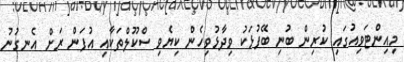
މިއިންޓަވިއުގައި ކުރިން ބުނި ބޭފުޅަކު ވިދާޅުވިހެން ކިޔެވި ސްކޫލްތަކާއި އުފަން ރަށް އެނގުނު